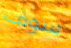
سوف